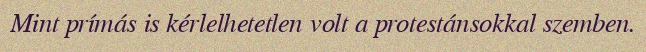
Mint prímás is kérlelhetetlen volt a protestánsokkal szemben.